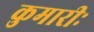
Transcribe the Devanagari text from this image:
कुमारीः